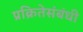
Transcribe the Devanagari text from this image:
प्रक्रितेसंबंधी